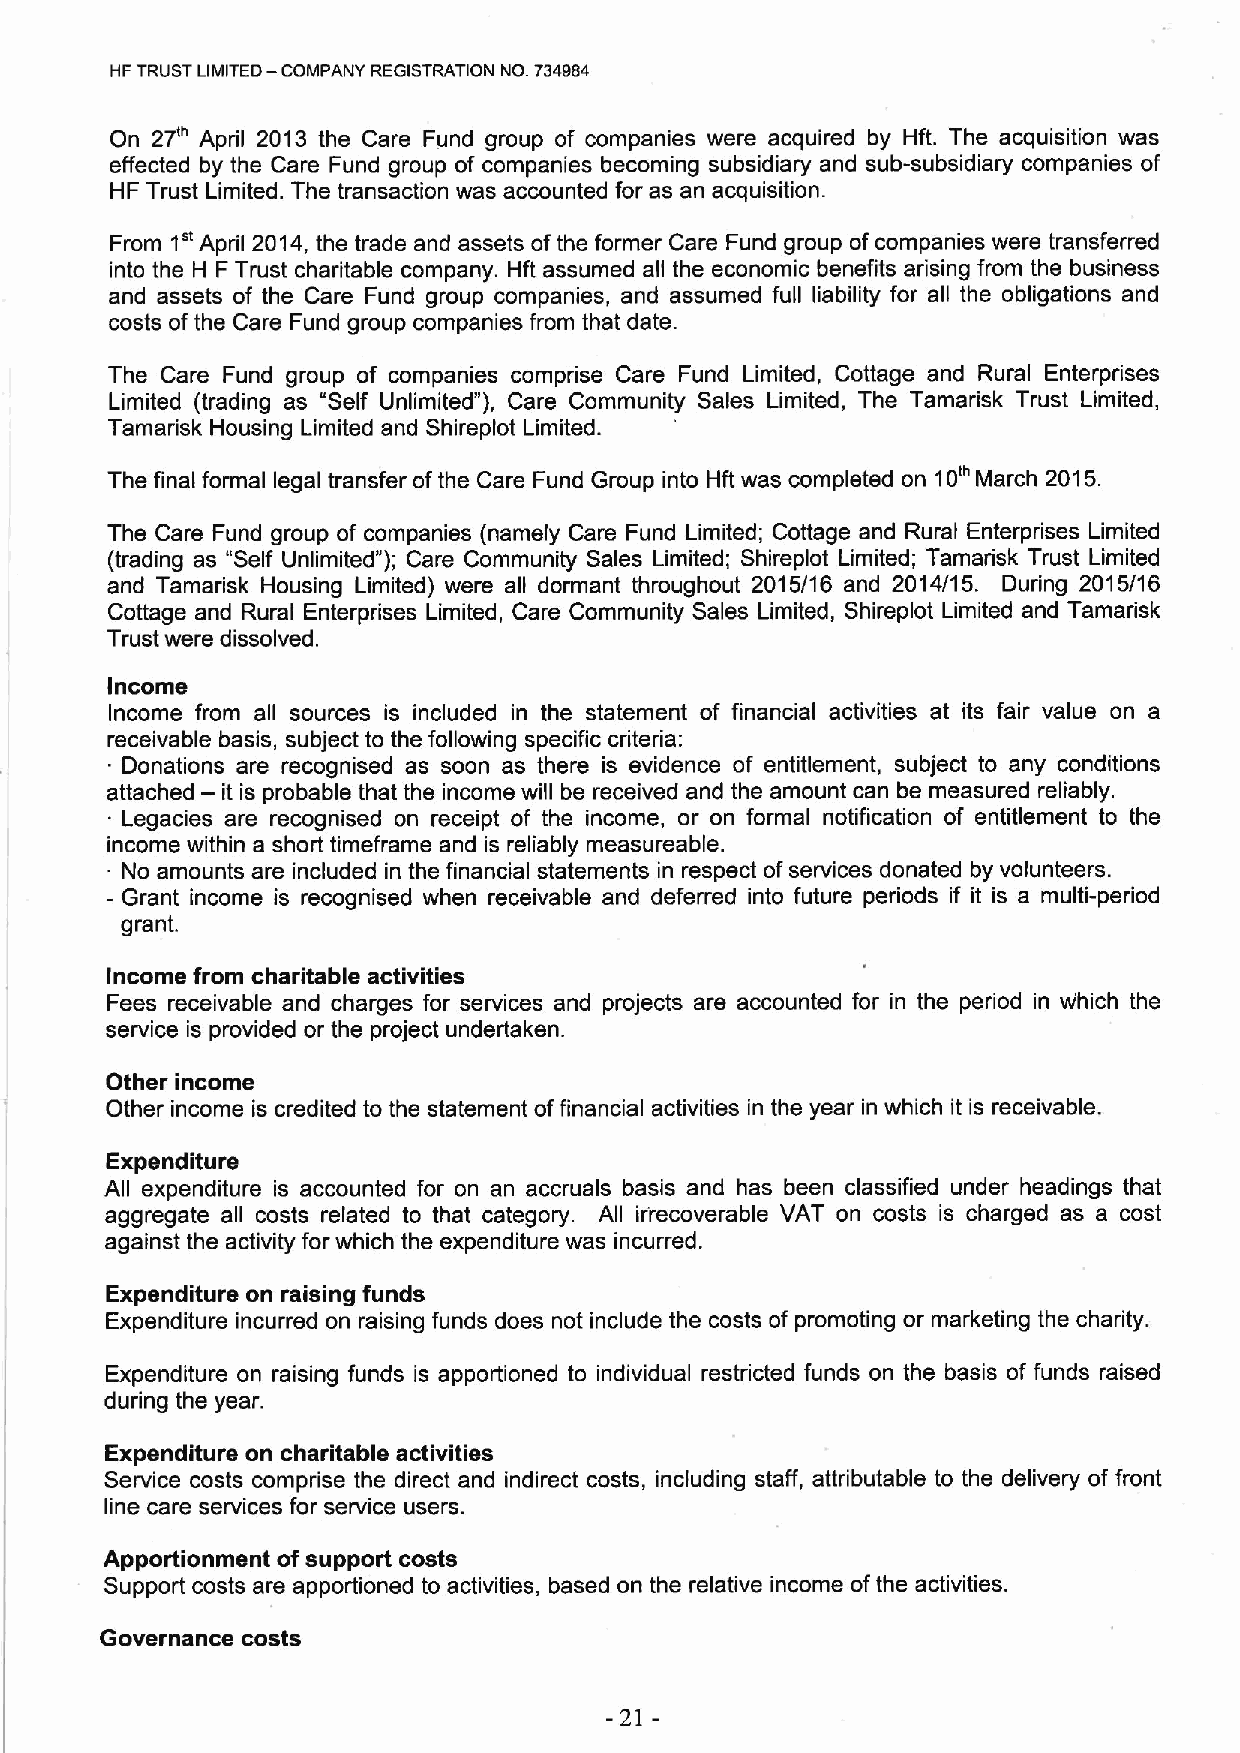
—
 HF TRUST LIMITED COMPANY REGISTRATION NO. 734984
 On 27'" April 2013 the Care Fund group of companies were acquired by Hft. The acquisition was
 effected by the Care Fund group of companies becoming subsidiary and sub-subsidiary companies of
 HF Trust Limited. The transaction was accounted for as an acquisition.
 1"
 From  April 2014, the trade and assets ofthe former Care Fund group of companies were transferred
 into the H FTrust charitable company. Hft assumed all the economic benefits arising from the business
 and assets of the Care Fund group companies, and assumed full liability for all the obligations and
 costs ofthe Care Fund group companies from that date.
 The Care Fund group of companies comprise Care Fund Limited, Cottage and Rural Enterprises
 Limited (trading as "Self Unlimited" ), Care Community Sales Limited, The Tamarisk Trust Limited,
 Tamarisk Housing Limited and Shireplot Limited.
 The final formal legal transfer ofthe Care Fund Group into Hft was completed on 10'" March 2015.
 The Care Fund group of companies (namely Care Fund Limited; Cottage and Rural Enterprises Limited
 (trading as "Self Unlimited" ); Care Community Sales Limited; Shireplot Limited; Tamarisk Trust Limited
 and Tamarisk Housing Limited) were all dormant throughout 2015/16 and 2014/15. During 2015/16
 Cottage and Rural Enterprises Limited, Care Community Sales Limited, Shireplot Limited and Tamaffisk
 Trust were dissolved.
 Income
 Income from all sources is included in the statement of financial activities at its fair value on a
 receivable basis, subject to the following specific criteria:
 Donations are recognised as soon as there is evidence of entitlement, subject to any conditions
 attached — it is probable that the income will be received and the amount can be measured reliably.
 Legacies are recognised on receipt of the income, or on formal notification of entitlement to the
 income within a short timeframe and is reliably measureable.
 .
 No amounts are included in the financial statements in respect ofservices donated by volunteers.
 - Grant income is recognised when receivable and deferred into future periods if it is a multi-period
 grant.
 Income from charitable activities
 Fees receivable and charges for services and projects are accounted for in the period in w'hich the
 service is provided or the project undertaken.
 Other income
 Other income is credited to the statement offinancial activities in the year in which it is receivable.
 Expenditure
 All expenditure is accounted for on an accruals basis and has been classified under headings that
 aggregate all costs related to that category. All irrecoverable VAT on costs is charged as a cost
 against the activity for which the expenditure was incurred.
 Expenditure on raising funds
 Expenditure incurred on raising funds does not include the costs of promoting or marketing the charity.
 Expenditure on raising funds is apportioned to individual restricted funds on the basis of funds raised
 during the year.
 Expenditure on charitable activities
 Service costs comprise the direct and indirect costs, including staff, attributable to the delivery of front
 line care services for service users.
 Apportionment ofsupport costs
 Support costs are apportioned to activities, based on the relative income ofthe activities.
 Governance costs
 -21-